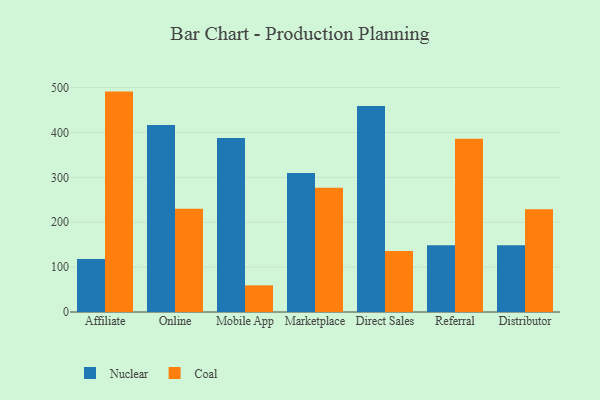
{"axis": {"x": "Channel", "y": "Waste Production (Tons)"}, "legend": ["Coal", "Nuclear"], "data": [{"x": "Affiliate", "y": 118.0, "type": "Nuclear"}, {"x": "Affiliate", "y": 491.1, "type": "Coal"}, {"x": "Online", "y": 416.6, "type": "Nuclear"}, {"x": "Online", "y": 230.2, "type": "Coal"}, {"x": "Mobile App", "y": 387.8, "type": "Nuclear"}, {"x": "Mobile App", "y": 59.4, "type": "Coal"}, {"x": "Marketplace", "y": 309.7, "type": "Nuclear"}, {"x": "Marketplace", "y": 276.8, "type": "Coal"}, {"x": "Direct Sales", "y": 458.8, "type": "Nuclear"}, {"x": "Direct Sales", "y": 135.7, "type": "Coal"}, {"x": "Referral", "y": 148.7, "type": "Nuclear"}, {"x": "Referral", "y": 385.8, "type": "Coal"}, {"x": "Distributor", "y": 148.7, "type": "Nuclear"}, {"x": "Distributor", "y": 229.0, "type": "Coal"}]}